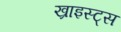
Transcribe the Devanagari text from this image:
ख्राइस्ट्स